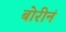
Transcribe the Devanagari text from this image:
बोरीनं